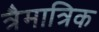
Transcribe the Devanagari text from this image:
त्रैमात्रिक